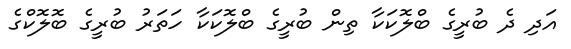
އަދި ދެ ބުރީގެ ބްލޮކަކާ ތިން ބުރީގެ ބްލޮކަކާ ހަތަރު ބުރީގެ ބޮލޮކްގެ